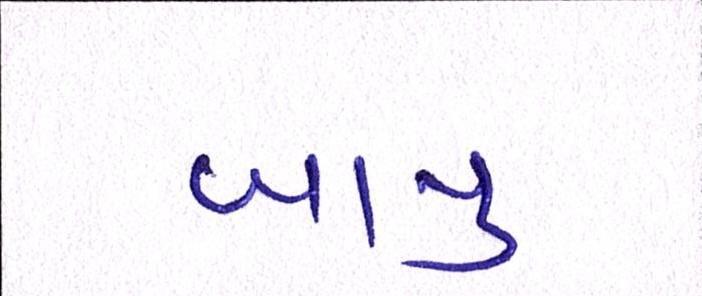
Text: બાપુ